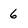
Character: 6